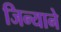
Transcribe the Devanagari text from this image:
जिन्याने